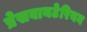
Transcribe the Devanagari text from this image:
प्रेसवायटेरियन